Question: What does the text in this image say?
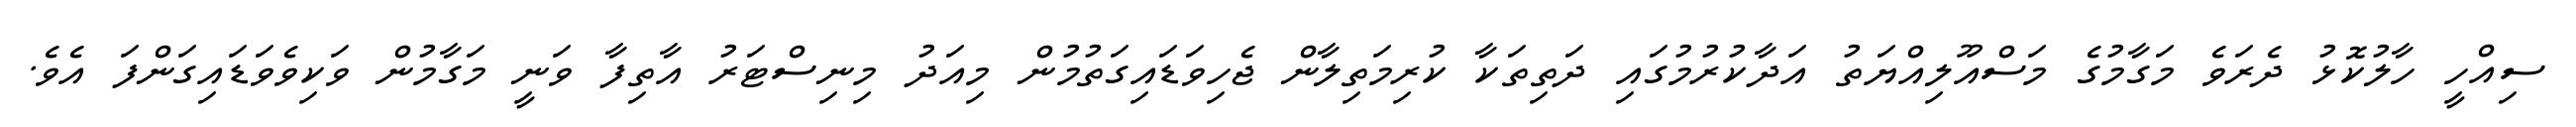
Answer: ސިއްހީ ހާލުކޮޅު ދެރަވެ މަގާމުގެ މަސްއޫލިއްޔަތު އަދާކުރުމުގައި ދަތިތަކާ ކުރިމަތިލާން ޖެހިވަޑައިގަތުމުން މިއަދު މިނިސްޓަރު އާތިފާ ވަނީ މަގާމުން ވަކިވެވަޑައިގަންފަ އެވެ.